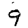
Digit: 9